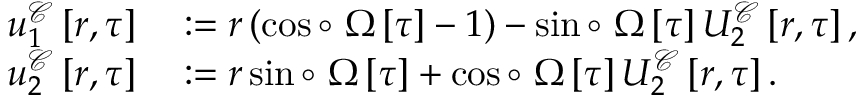
\begin{array} { r l } { u _ { 1 } ^ { \mathcal { C } } \left[ r , \tau \right] } & { { } : = r \left( \cos \circ ~ \Omega \left[ \tau \right] - 1 \right) - \sin \circ ~ \Omega \left[ \tau \right] U _ { 2 } ^ { \mathcal { C } } \left[ r , \tau \right] , } \\ { u _ { 2 } ^ { \mathcal { C } } \left[ r , \tau \right] } & { { } : = r \sin \circ ~ \Omega \left[ \tau \right] + \cos \circ ~ \Omega \left[ \tau \right] U _ { 2 } ^ { \mathcal { C } } \left[ r , \tau \right] . } \end{array}